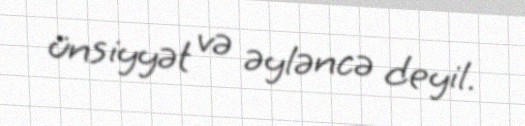
ünsiyyət və əyləncə deyil.